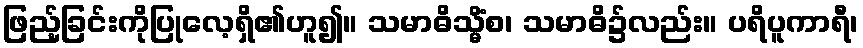
ဖြည့်ခြင်းကိုပြုလေ့ရှိ၏ဟူ၍။ သမာဓိသ္မိံစ၊ သမာဓိ၌လည်း။ ပရိပူကာရီ၊